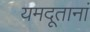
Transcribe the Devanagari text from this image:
यमदूतानां